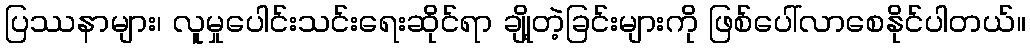
ပြဿနာများ၊ လူမှုပေါင်းသင်းရေးဆိုင်ရာ ချို့တဲ့ခြင်းများကို ဖြစ်ပေါ်လာစေနိုင်ပါတယ်။